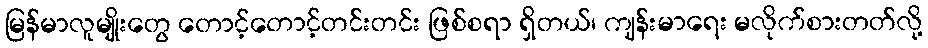
မြန်မာလူမျိုးတွေ တောင့်တောင့်တင်းတင်း ဖြစ်စရာ ရှိတယ်၊ ကျန်းမာရေး မလိုက်စားတတ်လို့